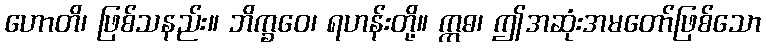
ဟောတိ၊ ဖြစ်သနည်း။ ဘိက္ခဝေ၊ ရဟန်းတို့။ ဣဓ၊ ဤအဆုံးအမတော်ဖြစ်သော